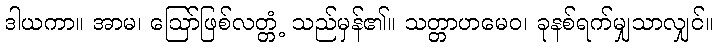
ဒါယကာ။ အာမ၊ ဩော်ဖြစ်လတ္တံ့ သည်မှန်၏။ သတ္တာဟမေဝ၊ ခုနစ်ရက်မျှသာလျှင်။